Scottish Certificate of Education, 1963
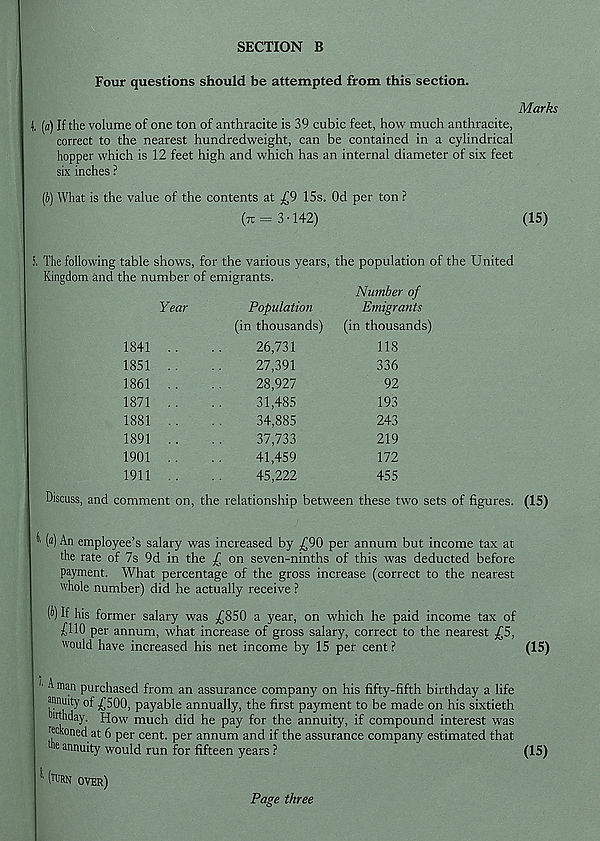
SECTION B
Four questions should be attempted from this section.
Marks
4, [a) If the volume of one ton of anthracite is 39 cubic feet, how much anthracite,
correct to the nearest hundredweight, can be contained in a cylindrical
hopper which is 12 feet high and which has an internal diameter of six feet
six inches ?
(b) What is the value of the contents at £9 15s. Od per ton ?
(tt = 3 • 142)
(15)
S. The following table shows, for the various years, the population of the United
Kingdom and the number of emigrants.
Year
Population
(in thousands)
26,731
27,391
28,927
31,485
34,885
37,733
41,459
45,222
Discuss, and comment on, the relationship between these two sets of figu
1841
1851
1861
1871
1881
1891
1901
1911
Number of
Emigrants
(in thousands)
118
336
92
193
243
219
172
455
(15)
^ («) An employee’s salary was increased by ^90 per annum but income tax at
the rate of 7s 9d in the f on seven-ninths of this was deducted before
payment. What percentage of the gross increase (correct to the nearest
whole number) did he actually receive ?
(6) If his former salary was £850 a year, on which he paid income tax of
£110 per annum, what increase of gross salary, correct to the nearest £5,
would have increased his net income by 15 per cent?
(15)
' ^ m: ) n purchased from an assurance company on his fifty-fifth birthday a life
jnnuity of £500, payable annually, the first payment to be made on his sixtieth
■ rthday. How much did he pay for the annuity, if compound interest was
fckoned at 6 per cent, per annum and if the assurance company estimated that
he ann uity would run for fifteen years ?
(15)
( Tl, RN over)
Page three